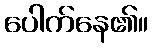
ပေါက်နေ၏။